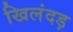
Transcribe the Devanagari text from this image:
खिलंदड़